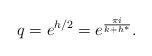
LaTeX: \begin{align*}q=e^{h/2}= e^{\frac{\pi i}{k + h^{*}}}.\end{align*}